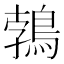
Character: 鵓